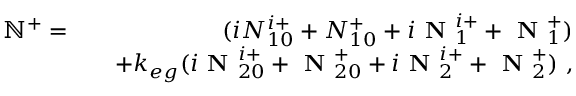
\begin{array} { r l r } { \mathbb { N } ^ { + } = } & { } & { ( i N _ { 1 0 } ^ { i + } + N _ { 1 0 } ^ { + } + i \textbf { N } _ { 1 } ^ { i + } + \textbf { N } _ { 1 } ^ { + } ) } \\ & { } & { + k _ { e g } ( i \textbf { N } _ { 2 0 } ^ { i + } + \textbf { N } _ { 2 0 } ^ { + } + i \textbf { N } _ { 2 } ^ { i + } + \textbf { N } _ { 2 } ^ { + } ) ~ , } \end{array}